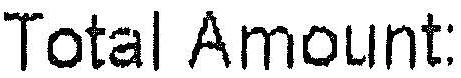
TOTAL AMOUNT: